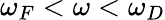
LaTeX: \omega_{F}<\omega<\omega_{D}